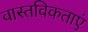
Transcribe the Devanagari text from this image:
वास्तविकताएं